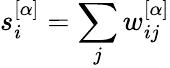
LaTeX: s_{i}^{[\alpha]}=\sum_{j}w_{ij}^{[\alpha]}